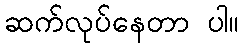
ဆက်လုပ်နေတာ ပါ။